38_143685_box_Incident_Summaries_101-172
Agency: Department of War
Page 28
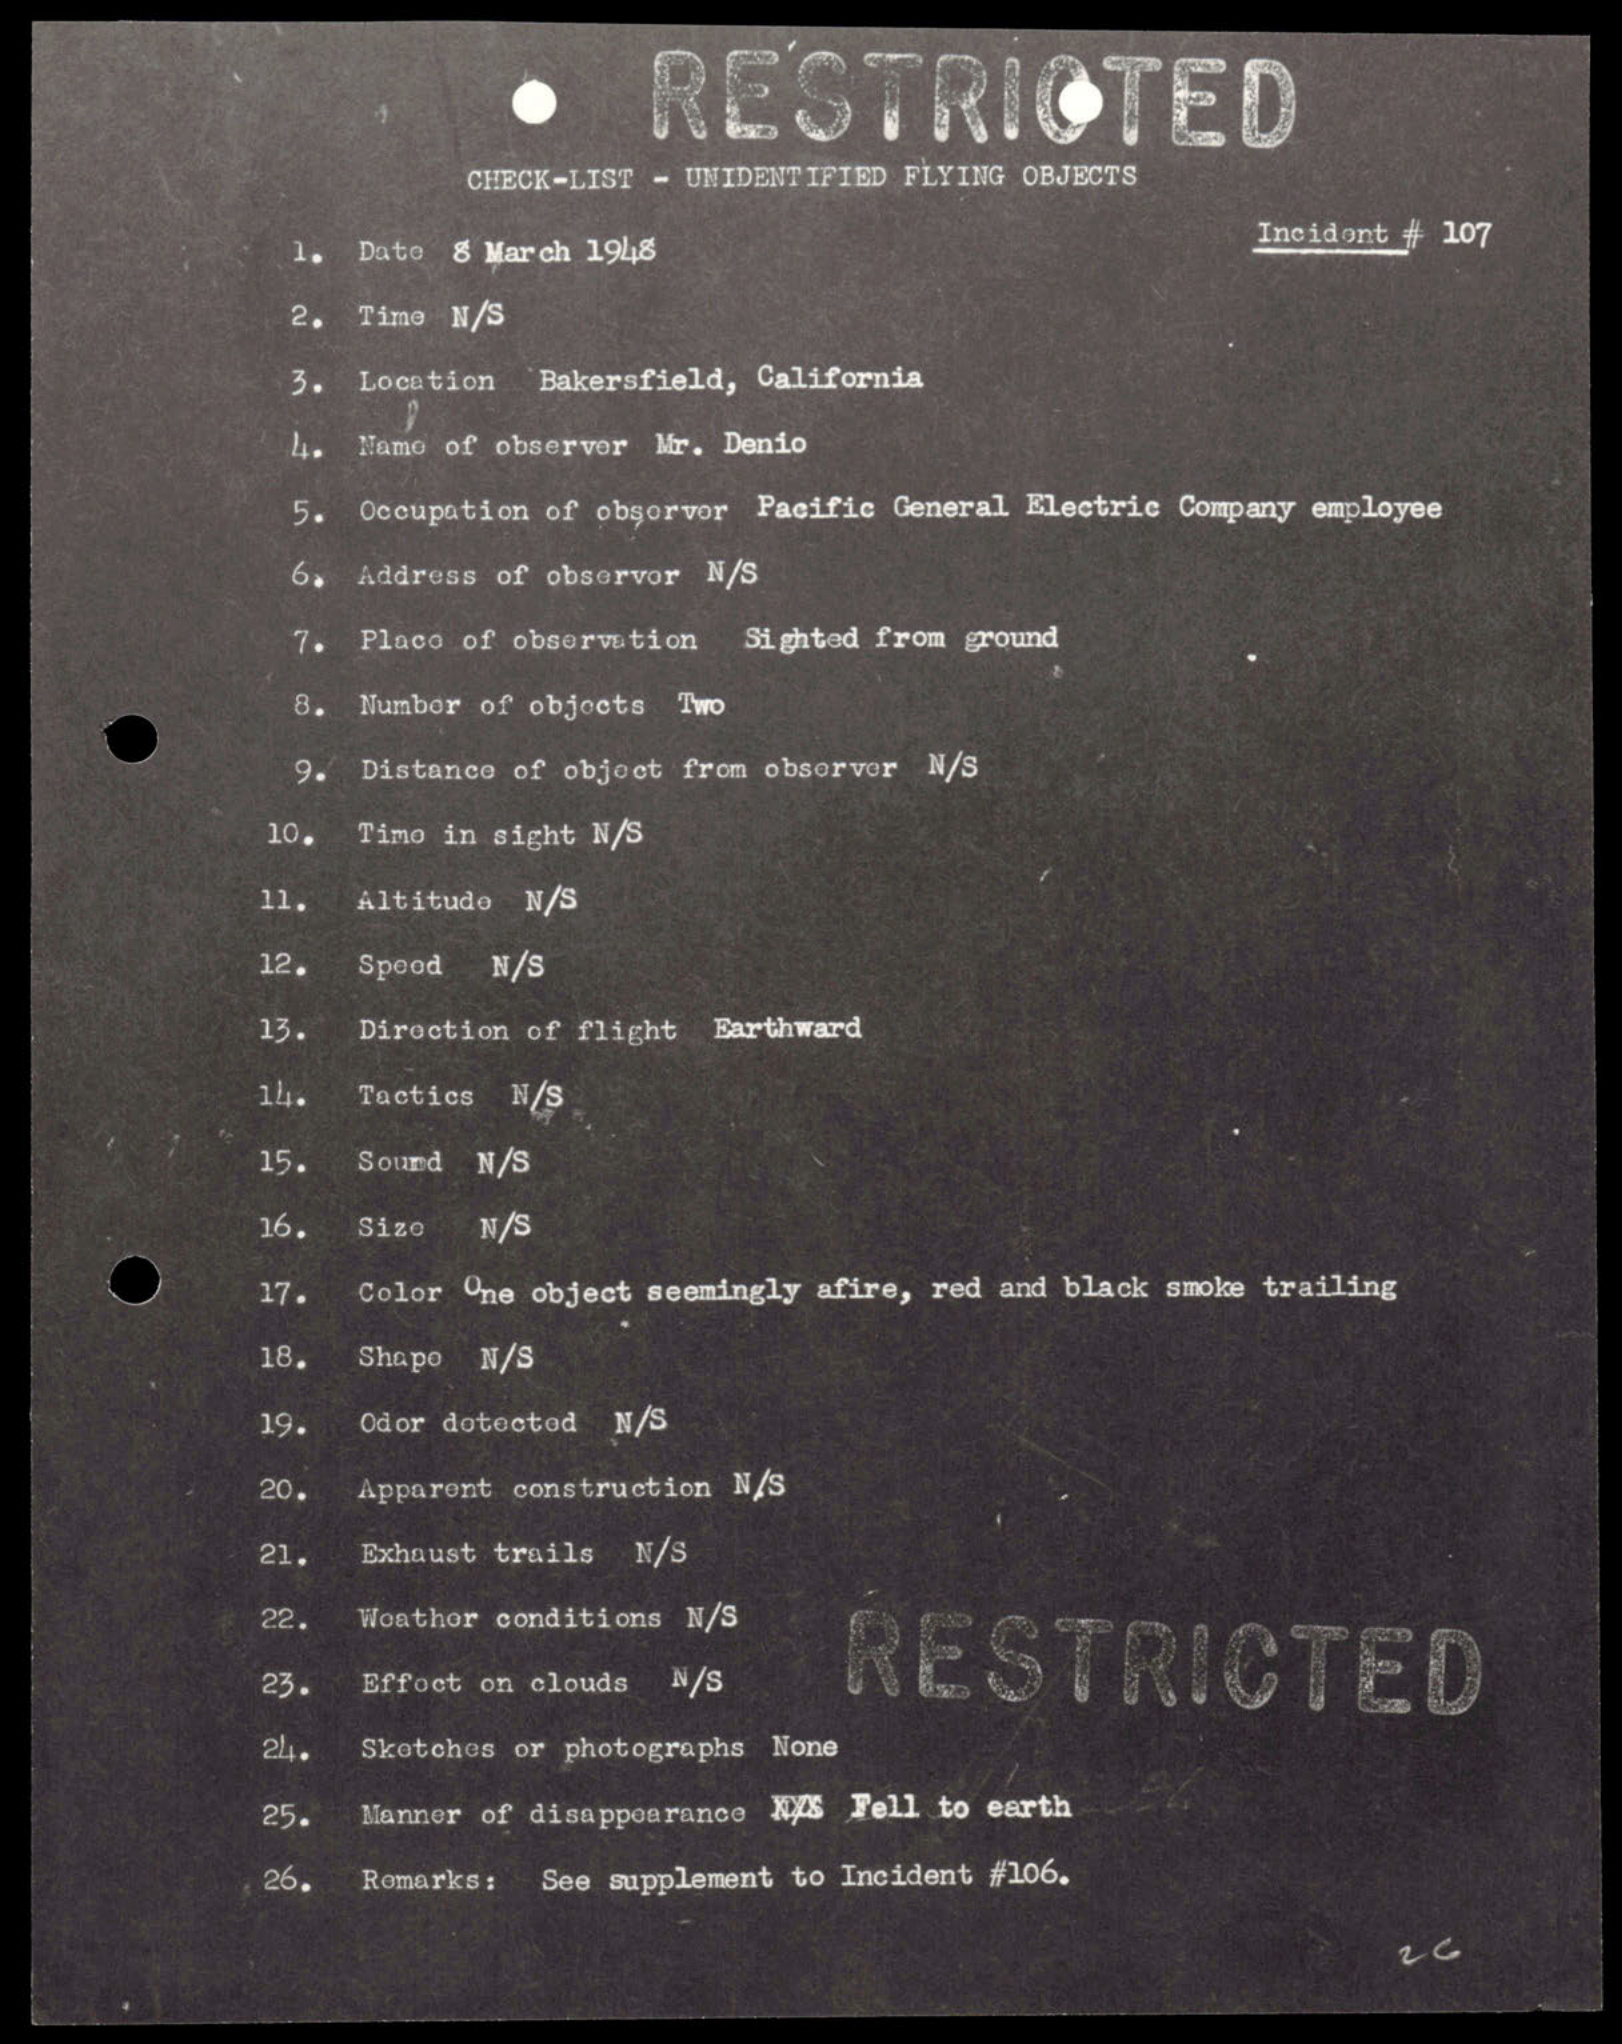